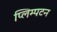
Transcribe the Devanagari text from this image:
प्लिम्पटन